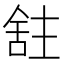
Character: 𫇕